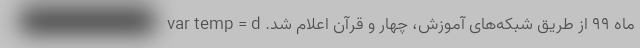
ماه ۹۹ از طریق شبکه‌های آموزش، چهار و قرآن اعلام شد. var temp = d